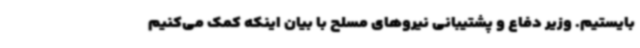
بایستیم. وزیر دفاع و پشتیبانی نیروهای مسلح با بیان اینکه کمک می‌کنیم